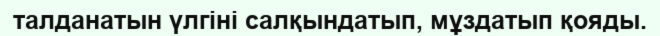
талданатын үлгіні салқындатып, мұздатып қояды.